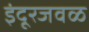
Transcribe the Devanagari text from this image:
इंदूरजवळ